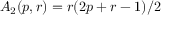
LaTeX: A _ { 2 } ( p , r ) = r ( 2 p + r - 1 ) / 2